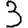
Digit: 3